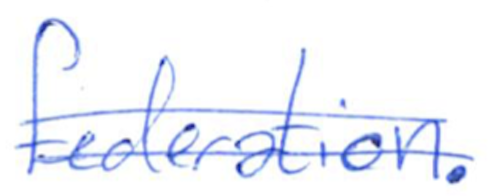
Text: federation.
Cross-out: double-line
Writing tool: ballpoint